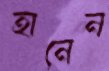
হানেন